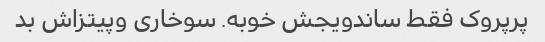
پرپروک فقط ساندویجش خوبه. سوخاری وپیتزاش بد